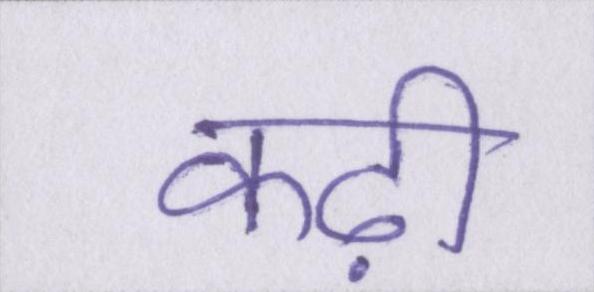
कढ़ी